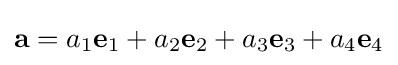
\mathbf {a} =a_{1}\mathbf {e} _{1}+a_{2}\mathbf {e} _{2}+a_{3}\mathbf {e} _{3}+a_{4}\mathbf {e} _{4}